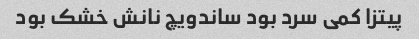
پیتزا کمی سرد بود ساندویچ نانش خشک بود